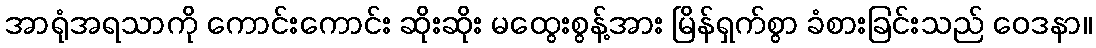
အာရုံအရသာကို ကောင်းကောင်း ဆိုးဆိုး မထွေးစွန့်အား မြိန်ရှက်စွာ ခံစားခြင်းသည် ဝေဒနာ။